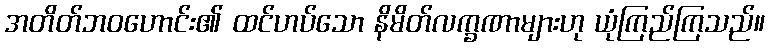
အတိတ်ဘဝဟောင်း၏ ထင်ဟပ်သော နိမိတ်လက္ခဏာများဟု ယုံကြည်ကြသည်။